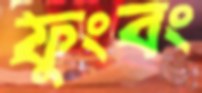
ফুংবং